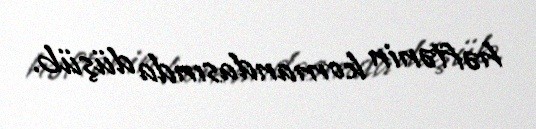
həftənin komandasında düşüb.